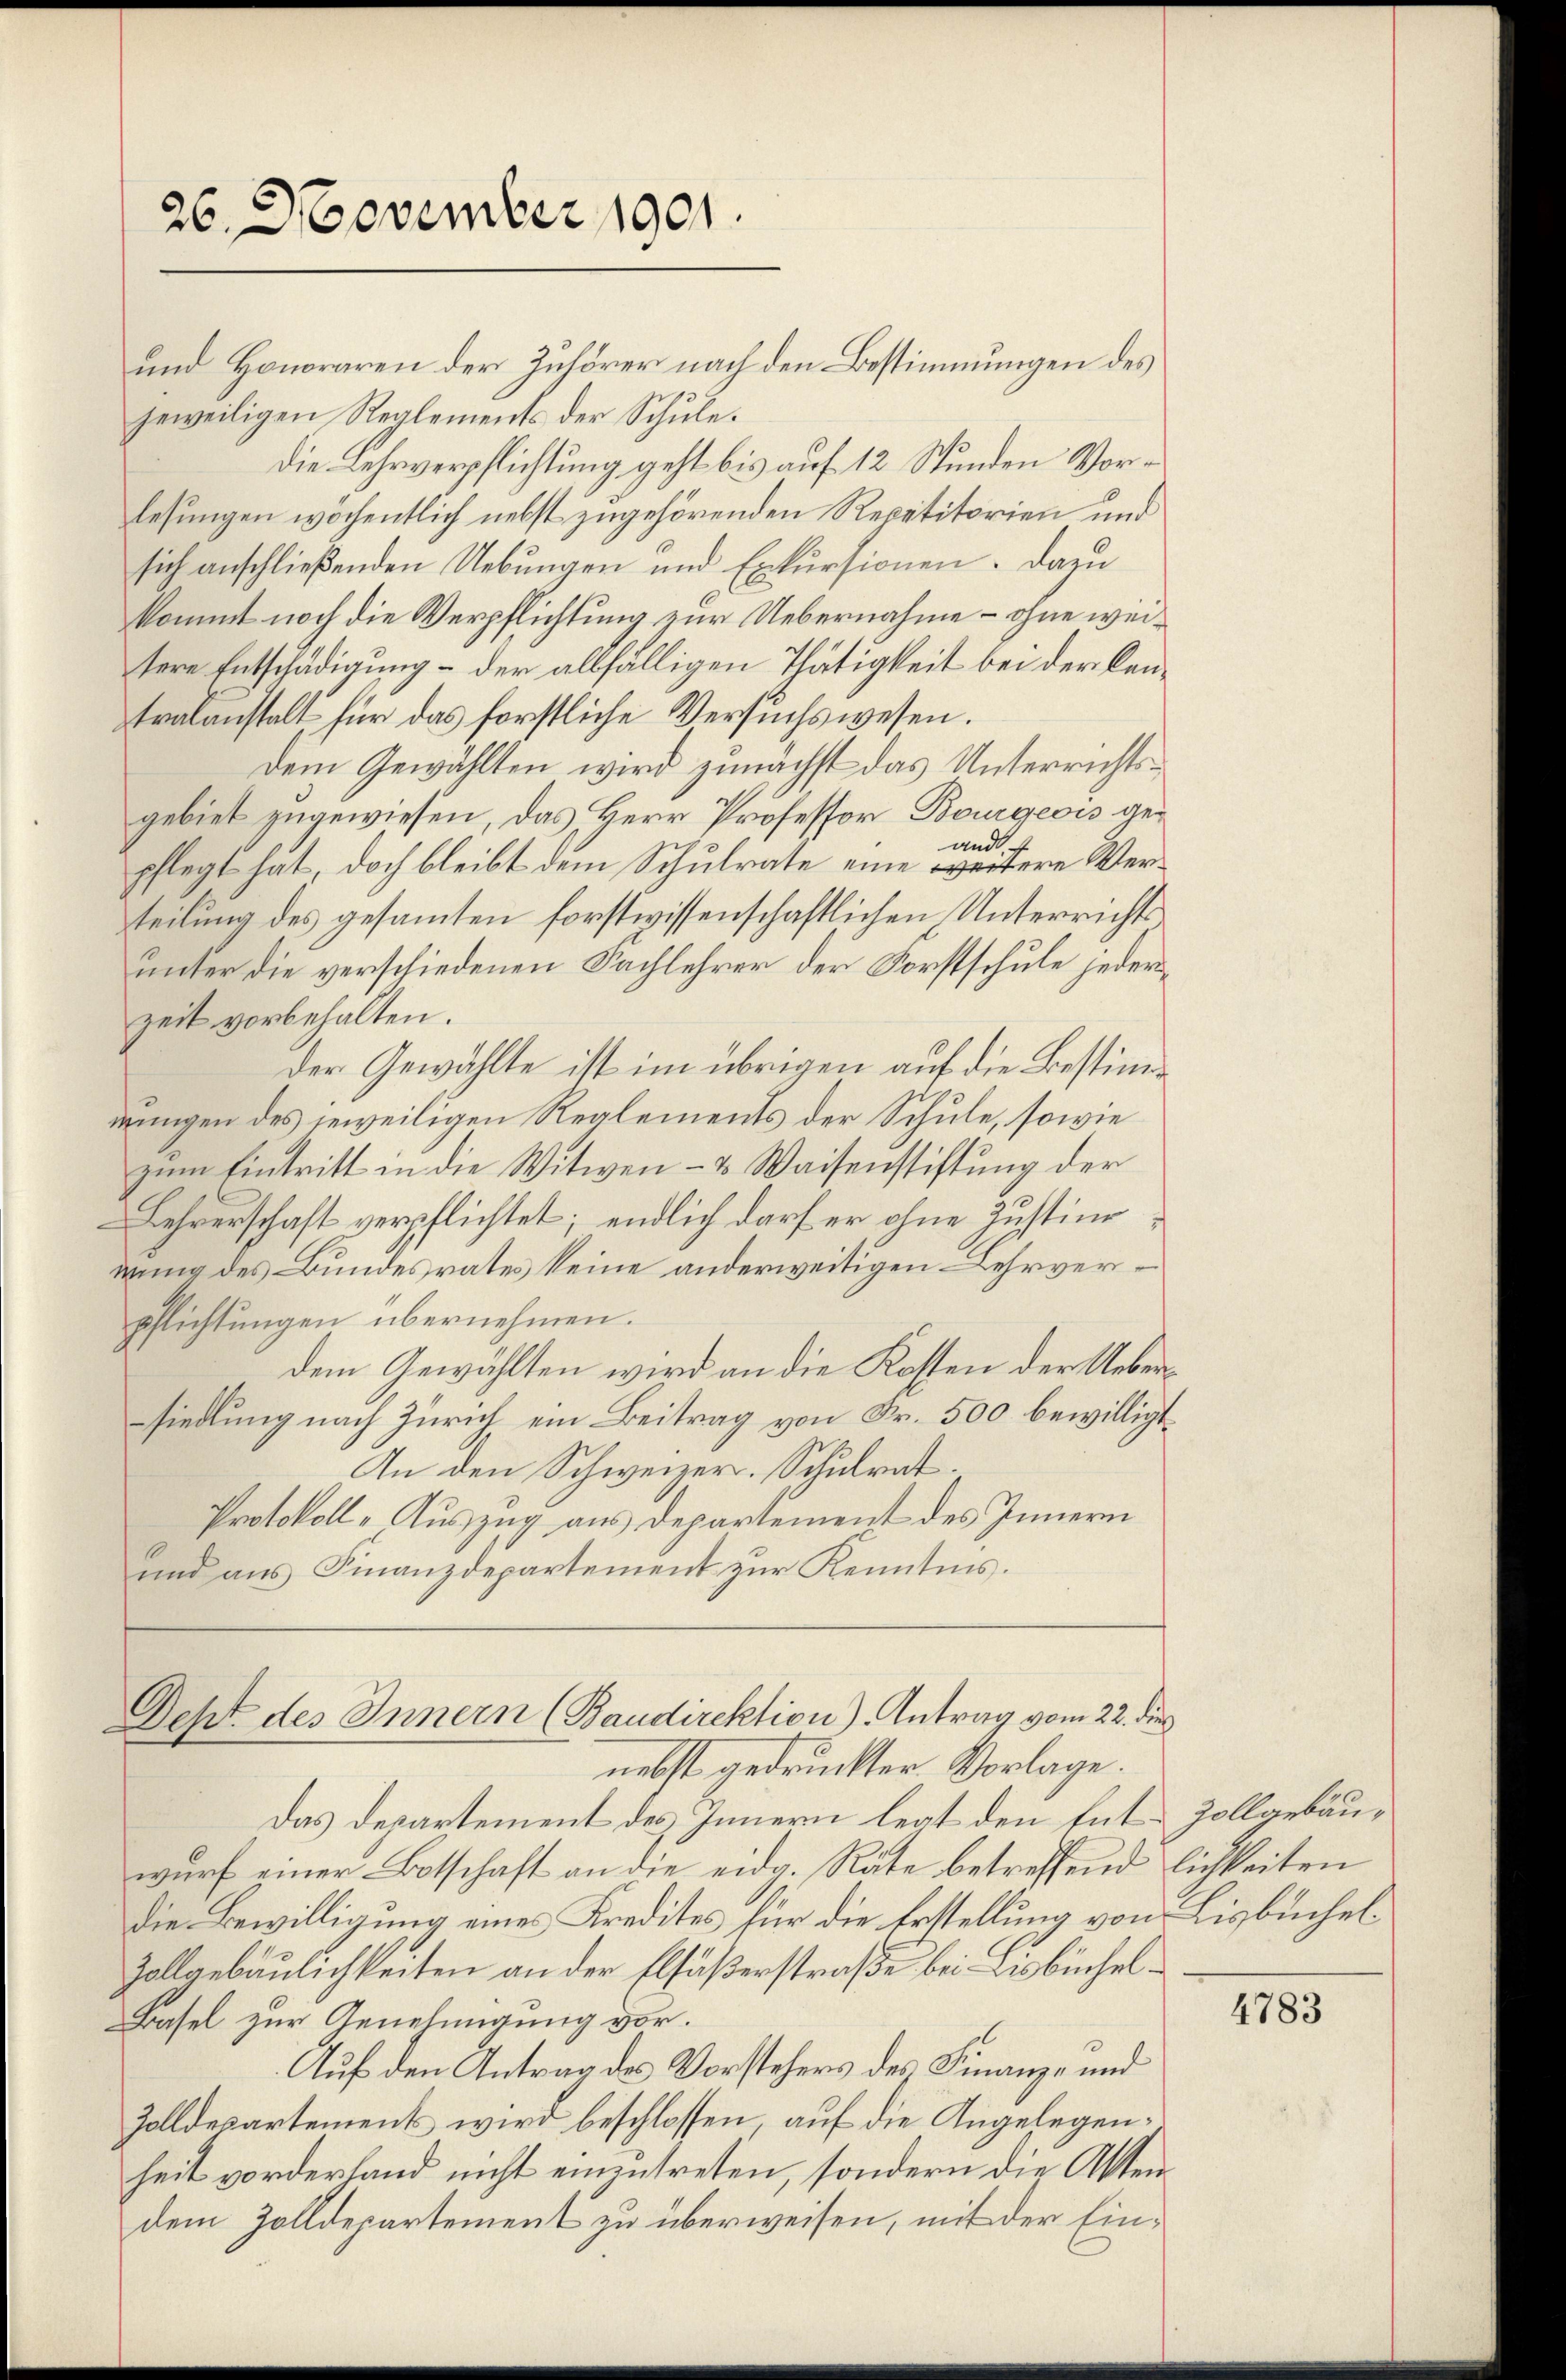
26. November 1901.

und Honoraren der Zuhörer nach den Bestimmungen des
jeweiligen Reglements der Schule.
die Lehrverpflichtung geht bis auf 12 Stunden Vorlesungen wochentlich nebst zugehörenden Repetitorien und
sich anschließenden Uebungen und Erkursionen. Dazu
kommt noch die Verpflichtung zur Uebernahme – ohne weitere Entschädigung – der allfälligen Thätigkeit bei der Cantralanstalt für das forstliche Versuchswesen.
Dem Gewählten wird zunächst das Unterrichtsgebiet zugewiesen, das Herr Professor Bourgeois geand,
pflegt hat, doch bleibt dem Schulrate eine weitere Verteilung des gesammten forstwissenschaftlichen Unterrichts
unter die verschiedenen Fachlehrer der Forstschule jederzeit vorbehalten.
der Gewählte ist im übrigen auf die Bestimmungen des jeweiligen Reglements der Schule, sowie
zum Eintritt in die Witwen- & Waisenstiftung der
Lehrerschaft verpflichtet; endlich darf er ohne Justimm
mung des Bundesrates keine anderweitigen Lehrverpflichtungen übernehmen.
dem Gewählten wird an die Kosten der Uebersiedlung nach Zürich ein Beitrag von Fr. 500 bewilligt.
An den Schweizer. Schulrat.
Protokoll-Auszug aus Departement des Innern
ŭnd aŭs Finanzdepartement zŭr Kenntnis.

Deht des Innern (Baudirektion) Antrag vom 22. die
nebst gedruckter Vorlage.

Das Departement des Innern legt den Ent-Zollgebäuwurf einer Botschaft an die eidg. Räte betreffend lichkeiten
die Bewilligung eines Kredites für die Erstellung von Lisbüchel¬
Zollgebäulichkeiten an der Elfäßerstraße bei Lisbüchel¬
Basel zur Genehmigung vor.
Auf den Antrag des Vorstehers des Finanz- und
Zolldepartement wird beschlossen, auf die Angelegenheit vorderland nicht einentreten, sondern die Aktendem Zolldepartement zu überweisen, mit der Ein¬

4783